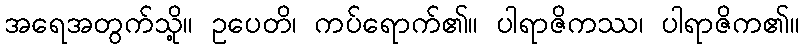
အရေအတွက်သို့။ ဥပေတိ၊ ကပ်ရောက်၏။ ပါရာဇိကဿ၊ ပါရာဇိက၏။